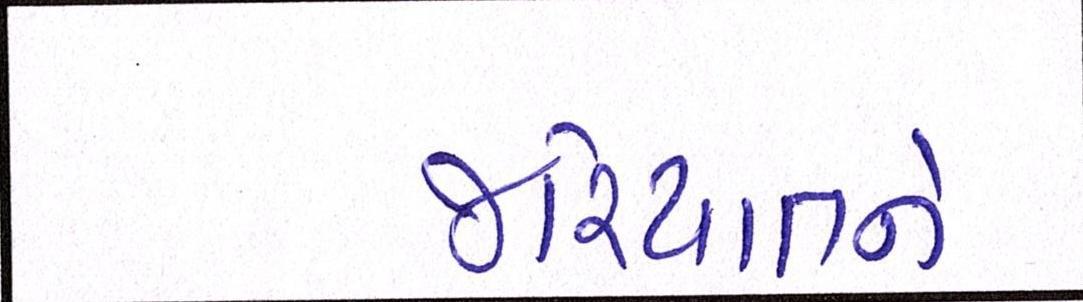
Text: જરિયાતને